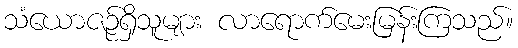
သံယောဇဉ်ရှိသူများ လာရောက်မေးမြန်းကြသည်။